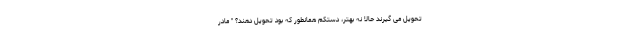
تحویل می گیرند حالا نه بهتر، دستکم همانطور که بود تحویل دهند؟ " مادر